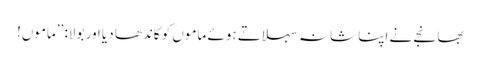
بھانجے نے اپنا شانہ سہلاتے ہوئے ماموں کو کاندھا دیا اور بولا: ’’ماموں!